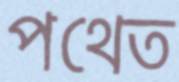
পথেত